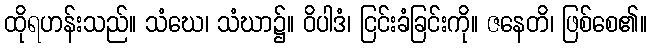
ထိုရဟန်းသည်။ သံဃေ၊ သံဃာ၌။ ဝိပါဒံ၊ ငြင်းခံခြင်းကို။ ဇနေတိ၊ ဖြစ်စေ၏။